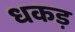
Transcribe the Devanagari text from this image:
धकड़